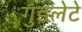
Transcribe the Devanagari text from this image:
गुडलेटे